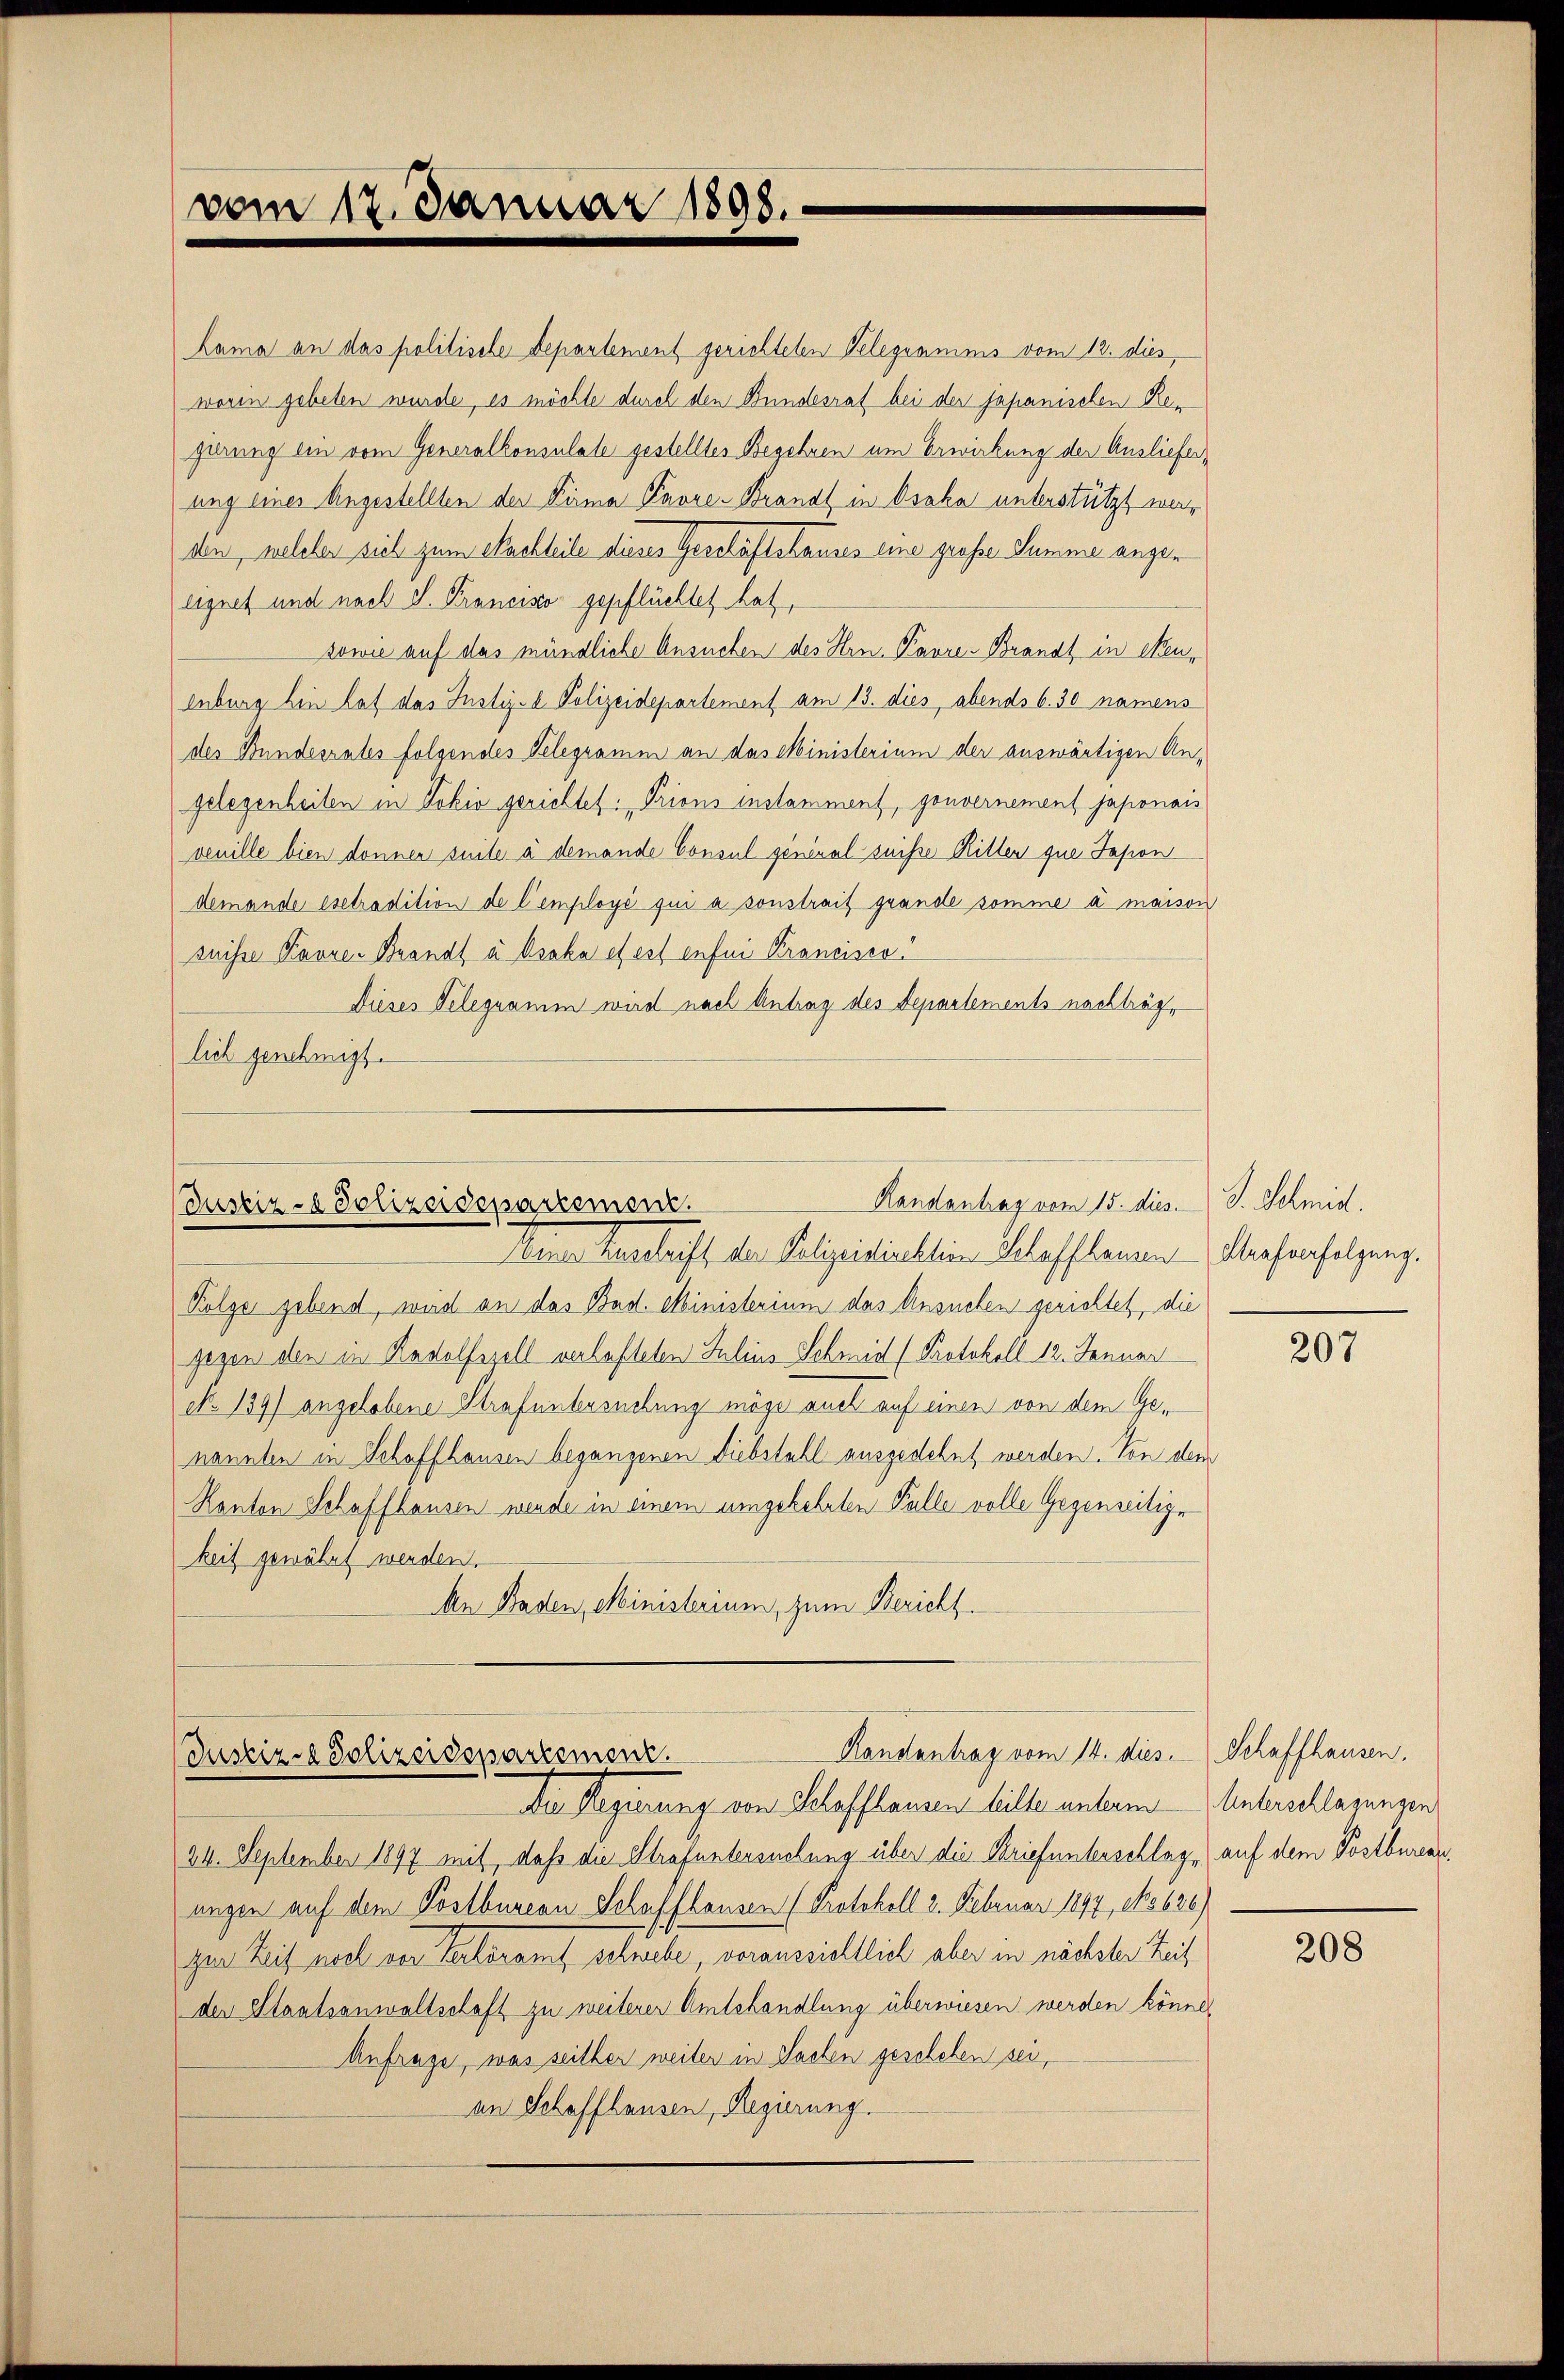
vom 17. Januar 1898.

Lama an das politische Departement gerichteten Telegramms vom 12. dies
worin gebeten wurde, es möchte durch den Bundesrat bei der japanischen Regierung ein vom Generalkonsulate gestelltes Begehren um Erwirkung der Auslieferung eines Angestellten der Firma Pare-Brandt in Osoka unterstützt werden, welcher sich zum Nachteile dieses Geschäftshauses eine große Summe angeeignet und nach S. Prancisco gepflüchtet hat,
sowie auf das mündliche Ansuchen des Hrn. Parre Brandt in Ekenenburg hin hat das Justiz- & Polizeidepartement am 13. dies abends 6.50 namens
des Bundesrates folgendes Telegramm an das Ministerium der auswärtigen Angelegenheiten in Jokio gerichtet: „Prions instamment, gouvernement japonais
venille bien donner suite à demande Consul general suisse Ritten que Tapon
demande esetradition de l’employé qui a sonstrait grande somme à maison
snisse Karre Brandt u. Broka et est enfui Krancisca
Dieses Telegramm wird nach Antrag des Departements nachträg
lich genehmigt.

Randantrag vom 15. dies.
Justiz- & Polizeidepartement.

Deiner Zuschrift der Polizeidirektion Schaffhausen Strafverfolgung.
Folge gebend, wird an das Bad. Ministerium das Ansuchen gerichtet, die
gegen den in Radolfzell verlasteten Julius Schmid (Protokoll 12. Januar
No 139) angelobene Strafuntersuchung möge auch auf einen von dem Genannten in Schaffhausen begangenen Diebstahl ausgedehnt werden. Von dem
Kanton Schaffhausen werde in einem umgekehrten Falle volle Gegenseitige
keit gewährt werden.
An Baden, Ministerium, zum Bericht

Kanstantrag vom 14. dies
Justiz- & Polizeidepartement.

Der Regierung von Schlofflanzen bille unterm Antrachlagungen

24. September 1897 mit, daß die Strafuntersuchung über die Briefunterschlag, auf dem Postbureau,
ungen auf dem Postbureau Schaffhausen (Protokoll 2. Februar 1897, No 620)
gen Zeit noch der Seckeramt schriebe, verauszieltlich aber in nächster Zeit
der Staatsanwaltschaft zu weiterer Amtshandlung überwiesen werden könne.
Anfrage, was seither weiter in Sachen geschehen sei,
an Schaffhausen, Regierung.

S. Schmidt.

207

Schaffhausen.

208